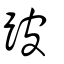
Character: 跛